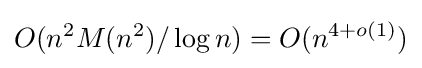
O(n^{2}M(n^{2})/\log {n})=O(n^{4+o(1)})